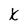
Character: X